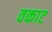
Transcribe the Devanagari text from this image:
वकाट